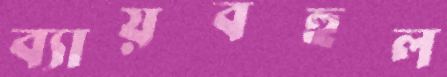
ব্যায়বহুল